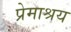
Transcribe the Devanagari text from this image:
प्रेमाश्रय